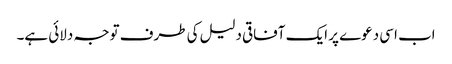
اب اسی دعوے پر ایک آفاقی دلیل کی طرف توجہ دلائی ہے۔